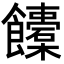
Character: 𩟰